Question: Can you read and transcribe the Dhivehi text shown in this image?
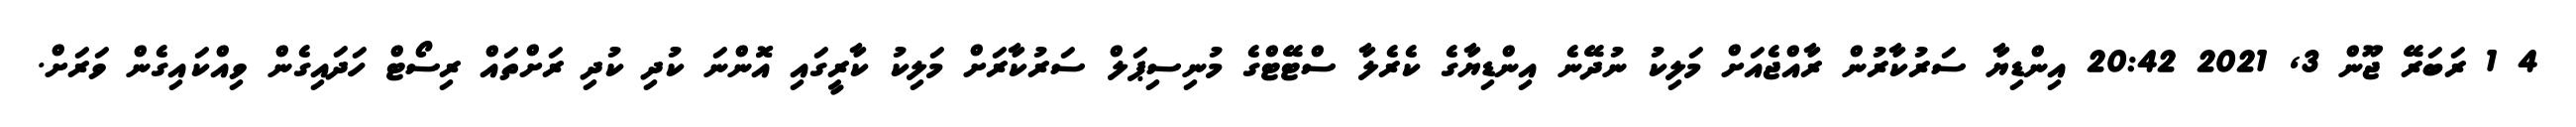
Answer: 4 1 ރަބަރޭ ޖޫން 3, 2021 20:42 އިންޑިޔާ ސަރުކާރުން ރާއްޖެއަށް މަލިކު ނުދޭނެ އިންޑިޔާގެ ކެރެލާ ސްޓޭޓްގެ މުނިސިޕަލް ސަރުކާރަށް މަލިކު ކާރީގައި އޮންނަ ކުދި ކުދި ރަށްތައް ރިސޯޓް ހަދައިގެން ވިއްކައިގެން ވަރަށް.